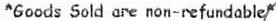
*GOODS SOLD ARE NON-REFUNDABLE*